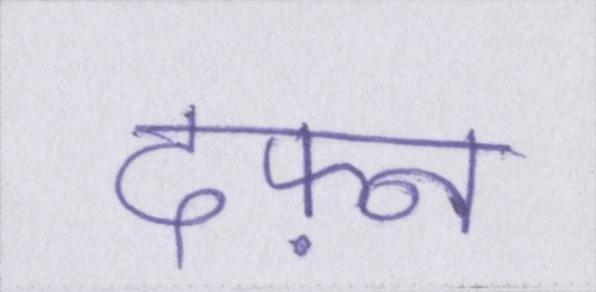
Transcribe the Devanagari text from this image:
दफ़्न